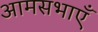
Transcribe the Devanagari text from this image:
आमसभाएँ